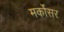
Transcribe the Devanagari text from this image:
मर्कोसर